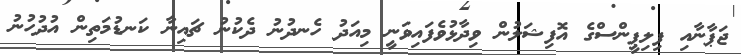
ޖަޕާނާއި ފިލިޕީންސްގެ އޮފިޝަލުން ވިދާޅުވެފައިވަނީ މިއަދު ހެނދުނު ދެކުނު ޗައިނާ ކަނޑުމަތިން އުދުހުނު